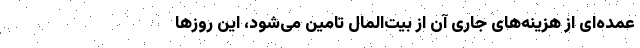
عمده‌ای از هزینه‌های جاری آن از بیت‌المال تامین می‌شود، این روزها